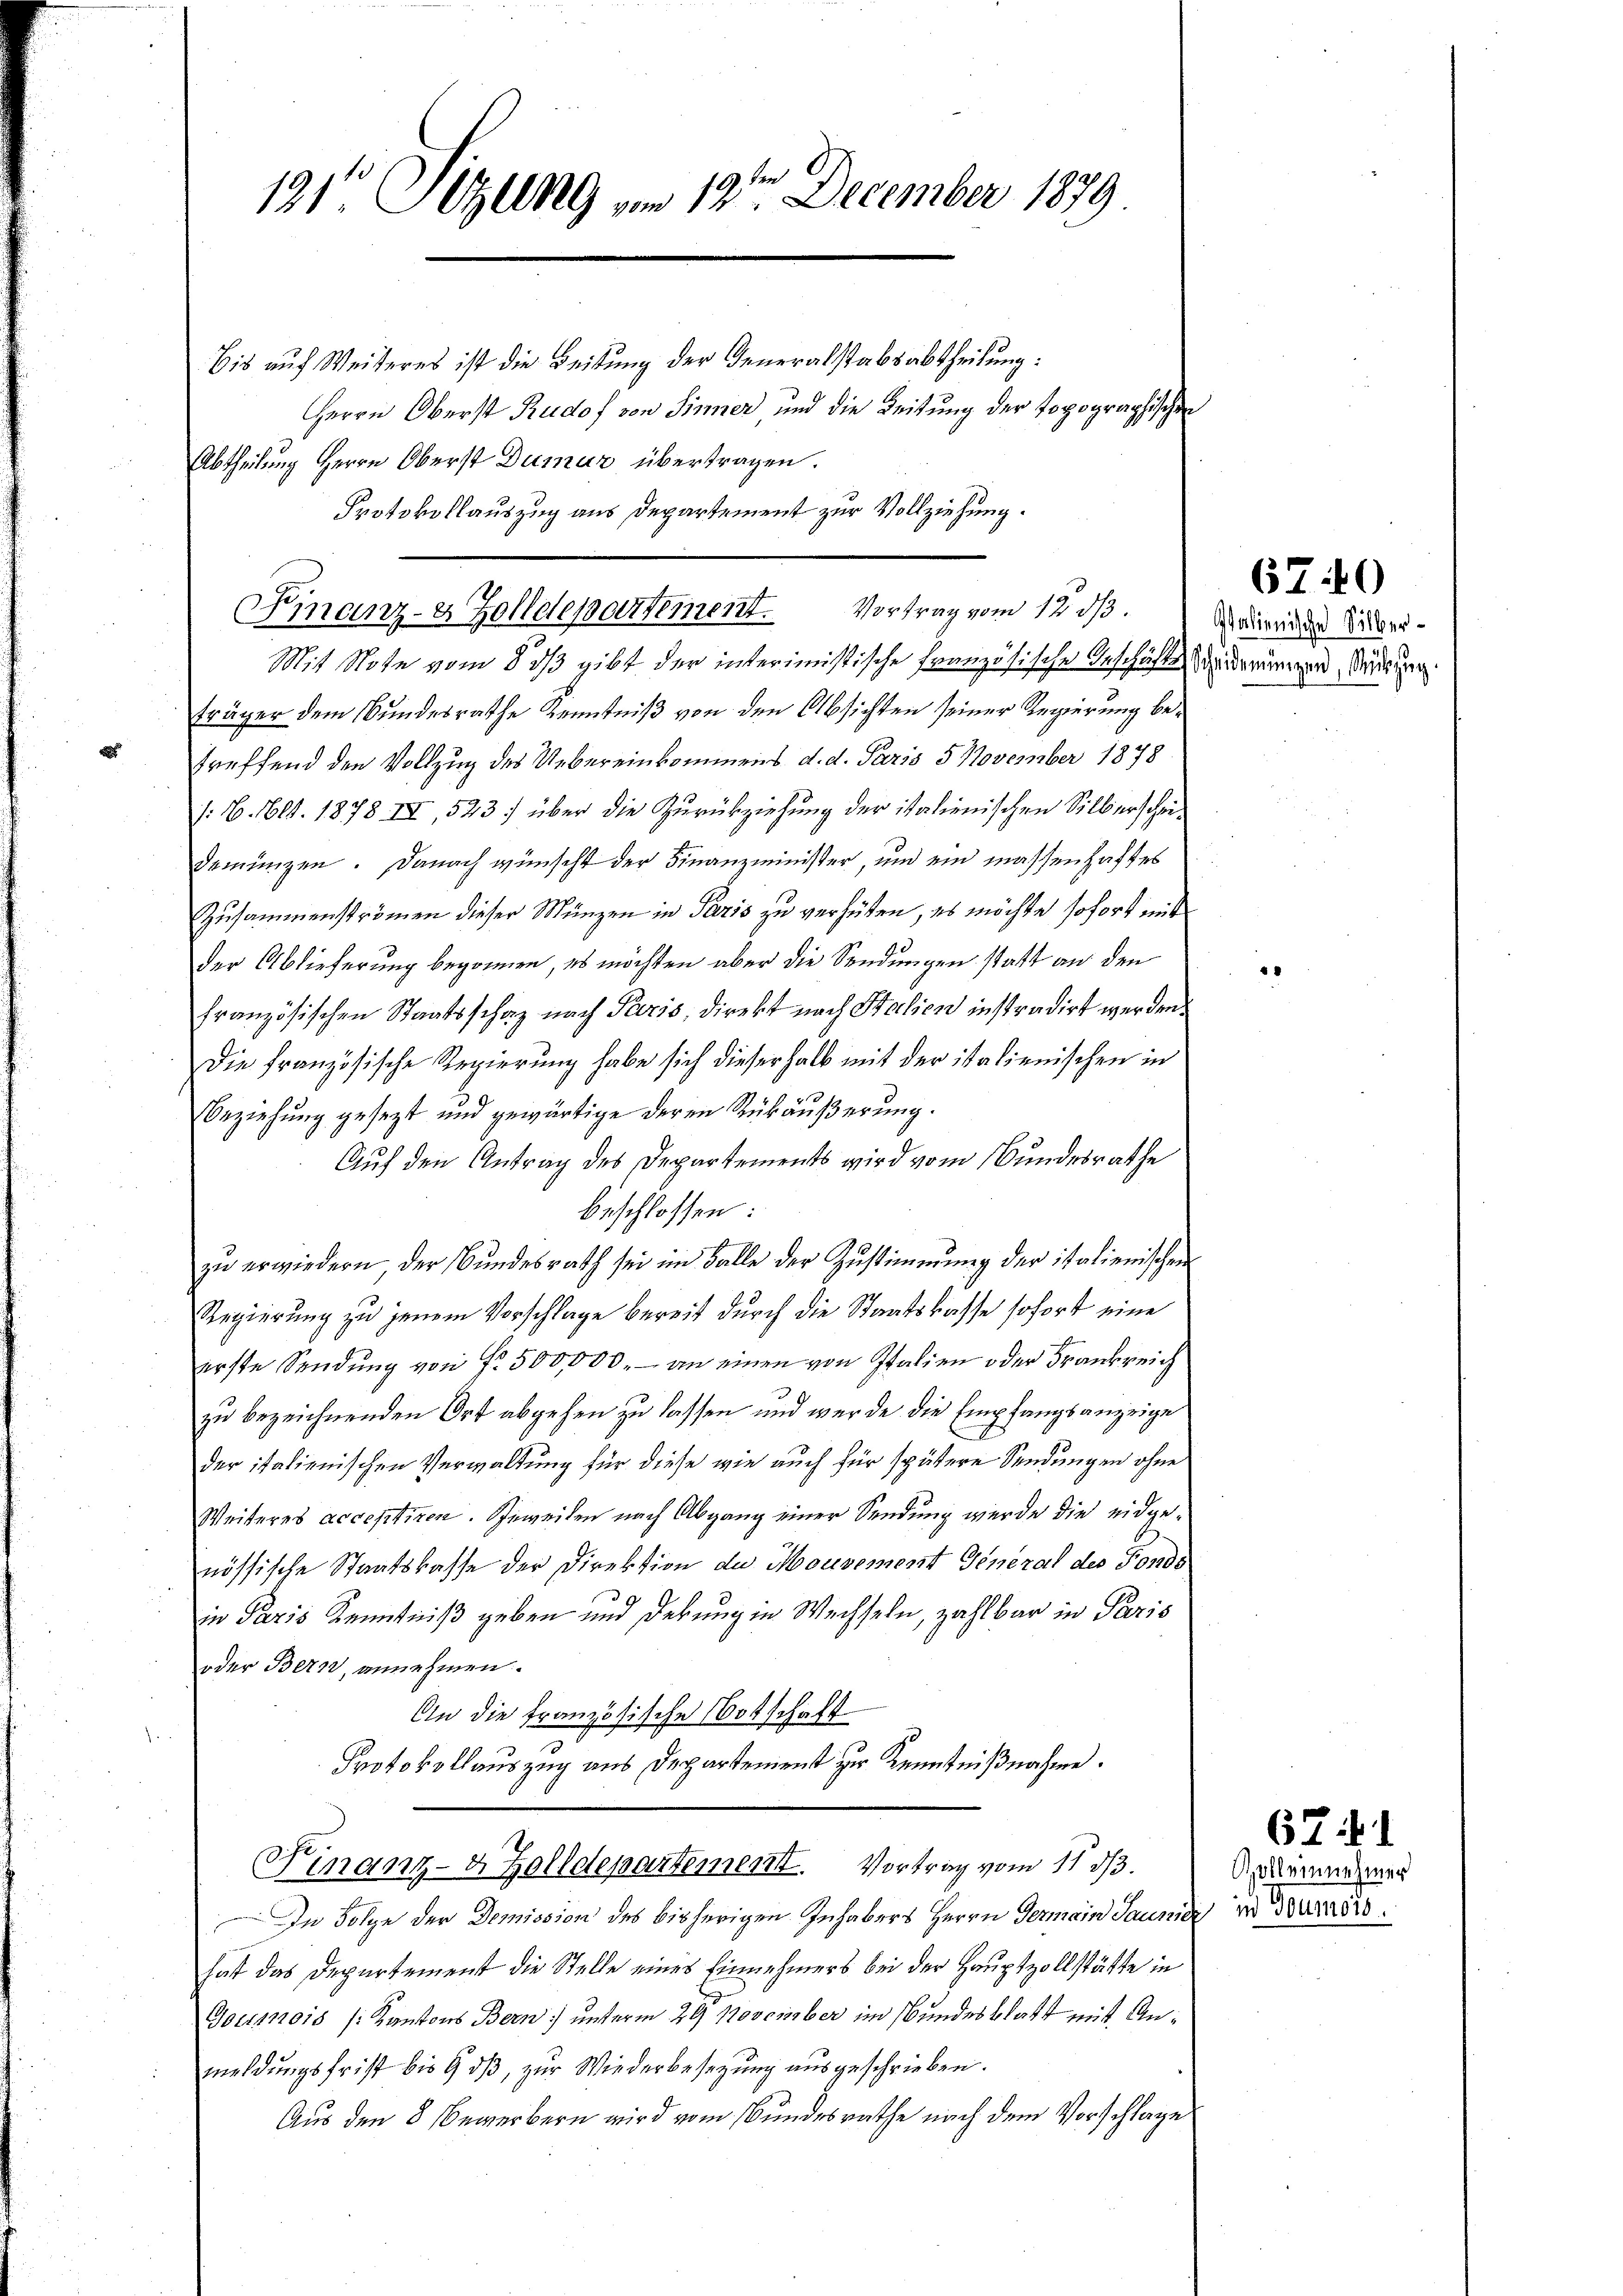
191te Sitzung vom 12te͇n December 1879
Eis auf Weiteres ist die Leitung der Generalstabsabtheilung:
Herrn Oberst Rudof von Sinner und die Leitung der Topographische

Finanz- & Zolldepartement. Vortrag vom 12. dβ.

Abtheilung Herrn Oberst Dumur übertragen.
Protokollauszug aus Departement zur Vollziehung.

Mit Note vom 8 1/3 gibt der interimistische Französische Anschäftsscheiderungen, darung
träger dem Bundesrathe Kenntniß von den Absichten seiner Regierung betreffend den Vollzug des Uebereinkommens d. d. Paris 5 November 1878
/: B. 1l. 1878. III, 523 über die Zurückziehung der italienischen Silberscheidemünzen. Danach wünscht der Finanzminister, und ein massenhaftes
Zusammenströmen dieser Münzen in Paris zu verhüten, es möchte sofort mit
der Ablieferung begonnen, es möchten aber die Sendungen statt an den
französischen Staatsschaz nach Paris, direkt nach Stalien instradirt werden.
Die französische Regierung habe sich dieserhalb mit der italienischen in
Beziehung gesezt und gewärtige deren Rükäußerung.
Auf den Antrag des Departements wird vom Bundesrathe
beschlossen:
zu erwiedern der Bundesrath sei im Falle der Zustimmung der italienischen
Regierung zu jenem Vorschlage bereit durch die Staatskasse sofort eine
erste Sendung von fr. 500,000.– an einen von Italien oder Frankreich
zu bezeichnenden Ort abgehen zu lassen und werde die Empfangsanzeige
der italienischen Verwaltung für diese wie auch für spätere Sendungen ohne
Weiteres acceptiren. Beweiten nach Abgang einer Sendung wurde die eidgenössische Staatskasse der Direktion de Mousement General des Fonds
in Paris Kenntniß geben und debung in Wechseln, zahlbar in Paris
oder Bern, annehmen.
An die französische Botschaft
Protokollauszug aus Departement zur Kenntnißnahme.
Finanz- & Zolldepartemen. Vortrag vom 11 d.
In Folge der Demission des bisherigen Inhabers Herrn Germain Jaunie No 82
hat das Departement die Stelle eines Einnehmers bei der Hauptzollstätte in
Goumois /: Kantons Bern) unterm 29 November im Bundesblatt mit Anmeldungsfrist bis 9. dβ, zur Wiederbesetzung ausgeschrieben.
Aus den 8. Bewerbern wird vom Bundesrathe nach dem Vorschlage

Italienische Silber¬

4

670

67 f. 1

Goll einnehmer